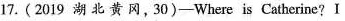
17.(2019 湖北黄冈,30)-Where is Catherine?I